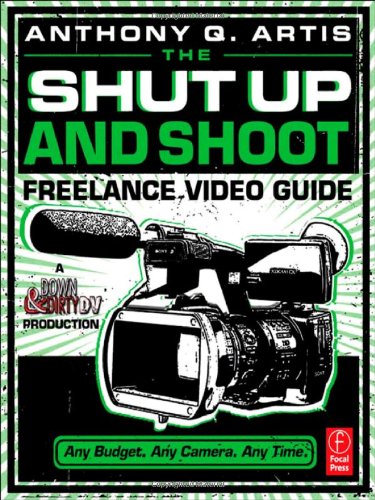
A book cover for The Shut Up and Shoot Freelance Video Guide: A Down & Dirty DV Production; Anthony Q. Artis; Arts & Photography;